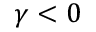
\gamma < 0